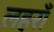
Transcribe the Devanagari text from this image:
लहराँ